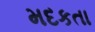
મદકતા